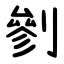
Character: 剼